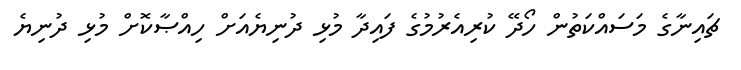
ޗައިނާގެ މަސައްކަތުން ހޯދޭ ކުރިއެރުމުގެ ފައިދާ މުޅި ދުނިޔެއަށް ހިއްޞާކޮށް މުޅި ދުނިޔެ